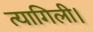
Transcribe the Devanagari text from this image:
त्यागिली।